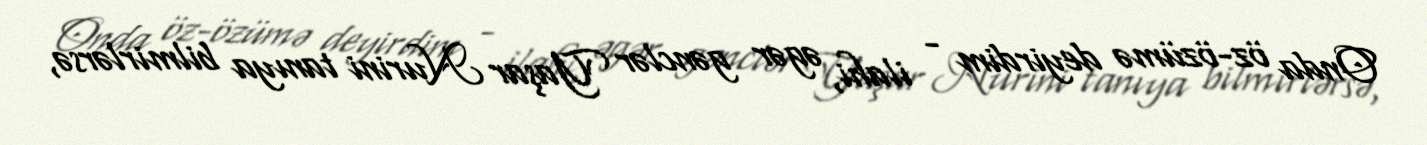
Onda öz-özümə deyirdim - ilahi, əgər gənclər Yaşar Nurini tanıya bilmirlərsə,